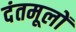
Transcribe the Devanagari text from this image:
दंतमूलों